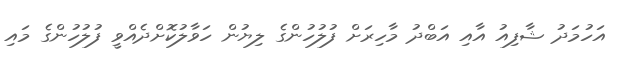
އަހުމަދު ޝާފިއު އާއި އަބްދު މާހިރަށް ފުލުހުންގެ ލިޔުން ހަވާލުކޮށްދެއްވީ ފުލުހުންގެ މައި